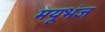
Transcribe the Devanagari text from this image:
मयूभंज